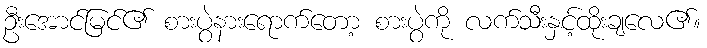
ဦးအောင်မြင်၏ စားပွဲနားရောက်တော့ စားပွဲကို လက်သီးနှင့်ထိုးချလေ၏။